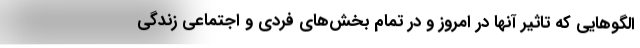
الگوهایی که تاثیر آنها در امروز و در تمام بخش‌های فردی و اجتماعی زندگی